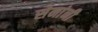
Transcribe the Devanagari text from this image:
सेनांनी